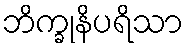
ဘိက္ခုနိပရိသာ